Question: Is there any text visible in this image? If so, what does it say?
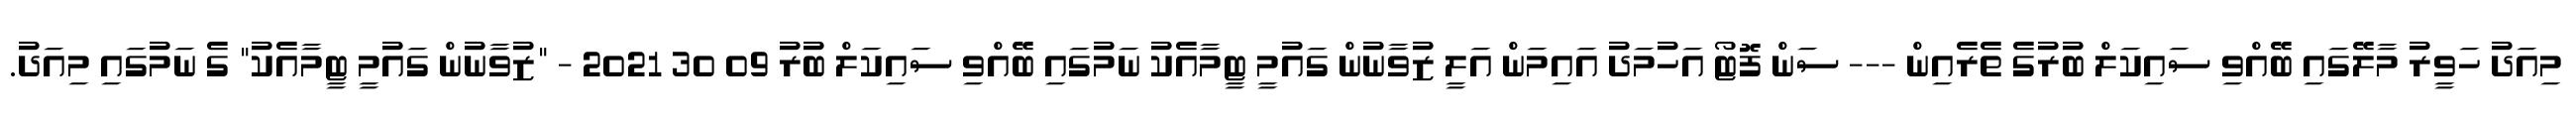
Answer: މިއަދު ހަވީރު މާލޭގައި ބޭއްވި ސައިކަލް ބުރުގެ ތެރެއިން --- ސަން ފޮޓޯ އަހުމަދު އައިމަން އަލީ ޒުވާނުން ގައުމީ ޓީމާއެކު ނަމުގައި ބޭއްވި ސައިކަލް ބުރު 09 30 2021 - "ޒުވާނުން ގައުމީ ޓީމާއެކު" ގެ ނަމުގައި މިއަދު.